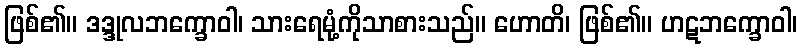
ဖြစ်၏။ ဒဒ္ဒုလဘက္ခောဝါ၊ သားရေမုံ့ကိုသာစားသည်။ ဟောတိ၊ ဖြစ်၏။ ဟဋဘက္ခောဝါ၊